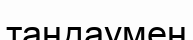
таңдаумен